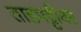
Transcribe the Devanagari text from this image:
ताडपट्टीवर